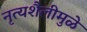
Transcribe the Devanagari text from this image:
नृत्यशैलीमुळे